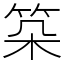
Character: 𥬲